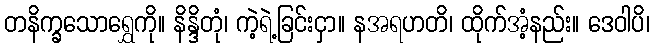
တနိက္ခသောရွှေကို။ နိန္ဒိတုံ၊ ကဲ့ရဲ့ခြင်းငှာ။ နအရဟတိ၊ ထိုက်အံ့နည်း။ ဒေဝါပိ၊